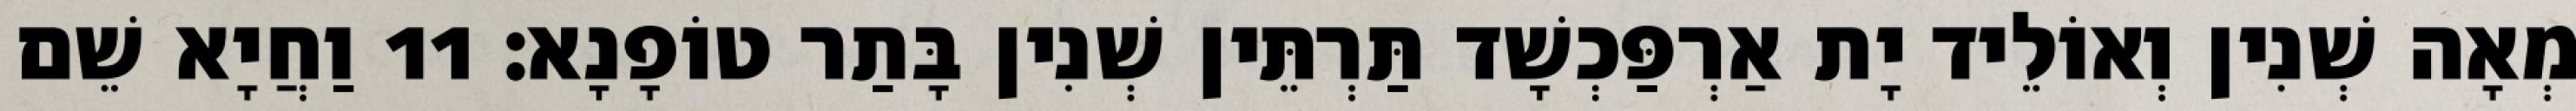
מְאָה שְׁנִין וְאוֹלֵיד יָת אַרְפַּכְשָׁד תַּרְתֵּין שְׁנִין בָּתַר טוֹפָנָא׃ 11 וַחֲיָא שֵׁם